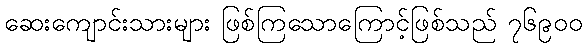
ဆေးကျောင်းသားများ ဖြစ်ကြသောကြောင့်ဖြစ်သည် ၇၆၉၀၀